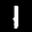
Label: 1